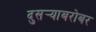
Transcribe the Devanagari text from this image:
दुसर्‍याबरोबर